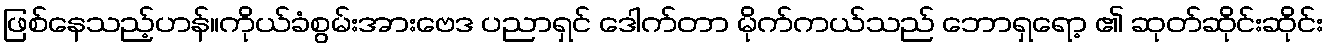
ဖြစ်နေသည့်ဟန်။ကိုယ်ခံစွမ်းအားဗေဒ ပညာရှင် ဒေါက်တာ မိုက်ကယ်သည် ဘောရှရော့ ၏ ဆုတ်ဆိုင်းဆိုင်း